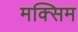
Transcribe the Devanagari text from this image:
मक्सिम